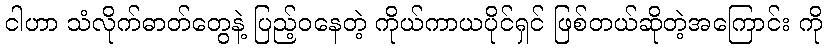
ငါဟာ သံလိုက်ဓာတ်တွေနဲ့ ပြည့်ဝနေတဲ့ ကိုယ်ကာယပိုင်ရှင် ဖြစ်တယ်ဆိုတဲ့အကြောင်း ကို